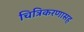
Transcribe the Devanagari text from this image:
चित्रिकरणासह